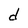
Character: d